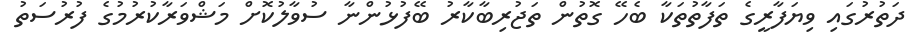
ދަތުރުގައި ވިޔަފާރީގެ ތަފާތުތަކާ ބެހޭ ގޮތުން ތަޖުރިބާކާރު ބޭފުޅުންނާ ސުވާލުކޮށް މަޝްވަރާކުރުމުގެ ފުރުސަތު